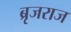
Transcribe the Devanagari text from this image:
ब्रृजराज